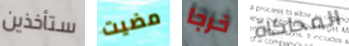
ستأخذين مضيت خرجا المحاكاة